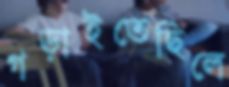
গড়াইতেছিলে